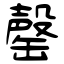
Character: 罄